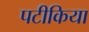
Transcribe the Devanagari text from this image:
पटीकिया